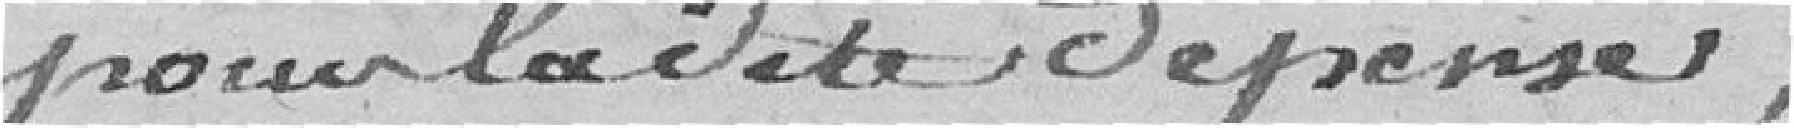
pour la dite dépense.